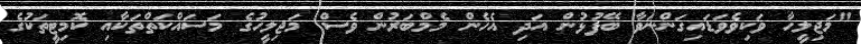
"މަޖިލީހާ ވަކިވެވަޑައިގަންނަވާ ބޭފުޅުން އަދި އެހެން މެމްބަރުން ވެސް މަޖިލީހުގެ މަސައްކަތްތަކާއި ކޮމިޓީތަކުގެ